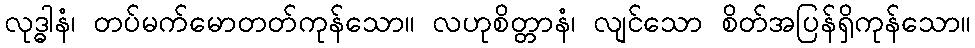
လုဒ္ဓါနံ၊ တပ်မက်မောတတ်ကုန်သော။ လဟုစိတ္တာနံ၊ လျင်သော စိတ်အပြန်ရှိကုန်သော။